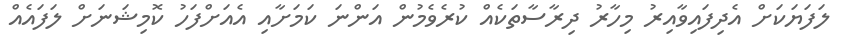
ލަފަޔަކަށް އެދިފައިވާއިރު މިހާރު ދިރާސާތަކެއް ކުރެވެމުން އަންނަ ކަމަށާއި އެއަށްފަހު ކޮމިޝަނަށް ލަފައެއް